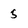
Character: 5